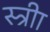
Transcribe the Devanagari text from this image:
स्त्रीा